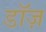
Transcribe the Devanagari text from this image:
डॉज़